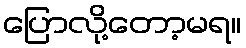
ပြောလို့တော့မရ။